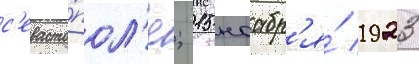
с'евасто́пол'е; 15 ноабр'я́ 1923